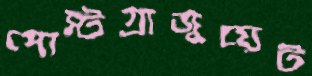
পোস্টগ্রাজুয়েট